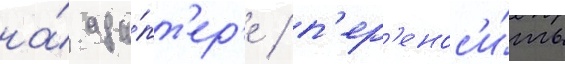
на́ ада́пт'ер'е / п'ер'енос'и́ть